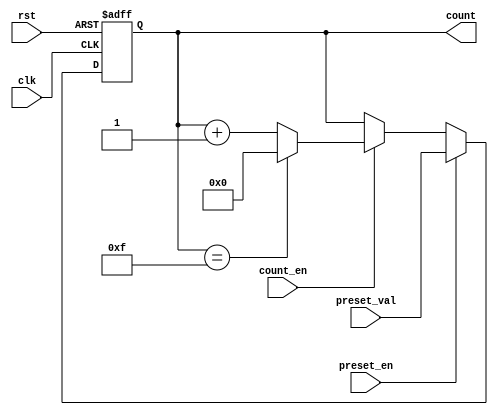
module presettable_counter #(
    parameter COUNTER_WIDTH = 4, // Width of the counter (e.g., 4 bits)
    parameter MAX_COUNT = (1 << COUNTER_WIDTH) - 1 // Maximum count value
)(
    input wire clk,               // Clock input
    input wire rst,               // Reset input (asynchronous)
    input wire preset_en,         // Preset enable signal
    input wire [COUNTER_WIDTH-1:0] preset_val, // Preset value input
    input wire count_en,          // Count enable signal
    output reg [COUNTER_WIDTH-1:0] count // Current counter value output
);

// Asynchronous reset logic
always @(posedge clk or posedge rst) begin
    if (rst) begin
        count <= 0; // Reset to zero
    end else if (preset_en) begin
        count <= preset_val; // Load preset value
    end else if (count_en) begin
        if (count == MAX_COUNT) begin
            count <= 0; // Wrap around on overflow
        end else begin
            count <= count + 1; // Increment counter
        end
    end
end

endmodule